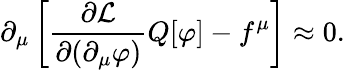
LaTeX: \partial_{\mu}\left[{\frac{\partial{\mathcal{L}}}{\partial(\partial_{\mu}\varphi)}}Q[\varphi]-f^{\mu}\right]\approx 0.